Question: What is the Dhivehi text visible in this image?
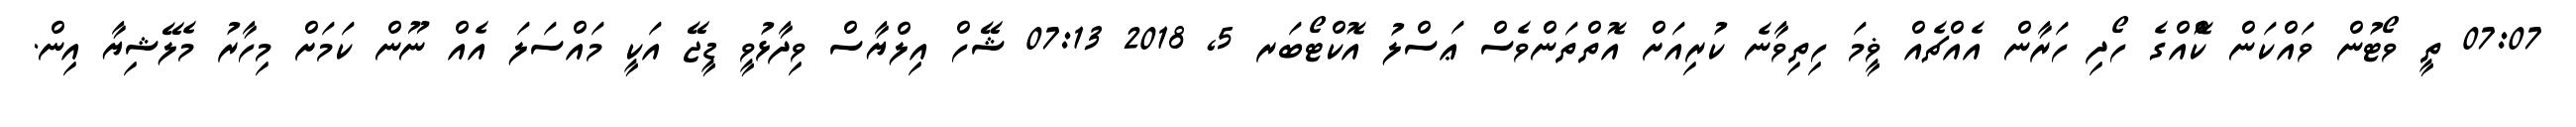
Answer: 07:07 ތީ ވޯޓުން ވައްކަން ކޮްއްގެ ހޯދި ހަރާން އެއްޗެއް ޥީމަ ހިތިވާނެ ކުރިއަށް އޮތްތަންވެސް ޢަސްލު އޮކްޓޯބަރ 5, 2018 07:13 ޝޭހް އިލްޔާސް ވިދާޅުވީ ޑީޖޭ އަކީ މައްސަލަ އެއް ނޫން ކަމަށް މިހާރު މެލޭޝިޔާ އިން.